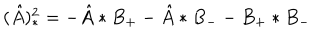
LaTeX: ( \hat { A } ) _ { * } ^ { 2 } = - \hat { A } * B _ { + } - \hat { A } * B _ { - } - B _ { + } * B _ { - }